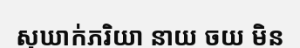
សុឃាក់ភរិយា នាយ ចយ មិន